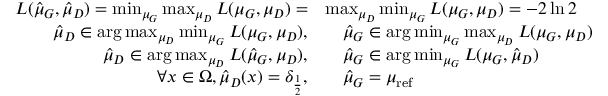
{ \begin{array} { r l } { L ( { \hat { \mu } } _ { G } , { \hat { \mu } } _ { D } ) = \operatorname* { m i n } _ { \mu _ { G } } \operatorname* { m a x } _ { \mu _ { D } } L ( \mu _ { G } , \mu _ { D } ) = } & { \operatorname* { m a x } _ { \mu _ { D } } \operatorname* { m i n } _ { \mu _ { G } } L ( \mu _ { G } , \mu _ { D } ) = - 2 \ln 2 } \\ { { \hat { \mu } } _ { D } \in \arg \operatorname* { m a x } _ { \mu _ { D } } \operatorname* { m i n } _ { \mu _ { G } } L ( \mu _ { G } , \mu _ { D } ) , } & { \quad { \hat { \mu } } _ { G } \in \arg \operatorname* { m i n } _ { \mu _ { G } } \operatorname* { m a x } _ { \mu _ { D } } L ( \mu _ { G } , \mu _ { D } ) } \\ { { \hat { \mu } } _ { D } \in \arg \operatorname* { m a x } _ { \mu _ { D } } L ( { \hat { \mu } } _ { G } , \mu _ { D } ) , } & { \quad { \hat { \mu } } _ { G } \in \arg \operatorname* { m i n } _ { \mu _ { G } } L ( \mu _ { G } , { \hat { \mu } } _ { D } ) } \\ { \forall x \in \Omega , { \hat { \mu } } _ { D } ( x ) = \delta _ { \frac { 1 } { 2 } } , } & { \quad { \hat { \mu } } _ { G } = \mu _ { \mathrm { r e f } } } \end{array} }